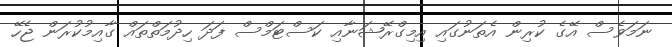
ނަމަވެސް އޭގެ ކުރިން އެތަނުގައި އިމިގްރޭޝަނާއި ކަސްޓަމްސް ފަދަ ހިދުމަތްތައް ގާއިމުކުރަން ޖެހޭ